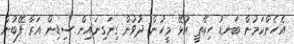
އެހެންކަމުން ބަނޑު ހިކޭތީ އުޅޭ މީހުން ދުވުން ގިނަގިނައިން ސިޑިން އަރާ ފޭބުން